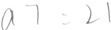
a 7 = 2 1